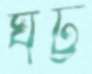
ঘট্ট